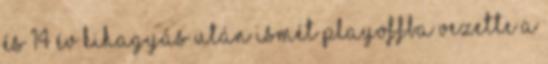
és 14 év kihagyás után ismét playoffba vezette a